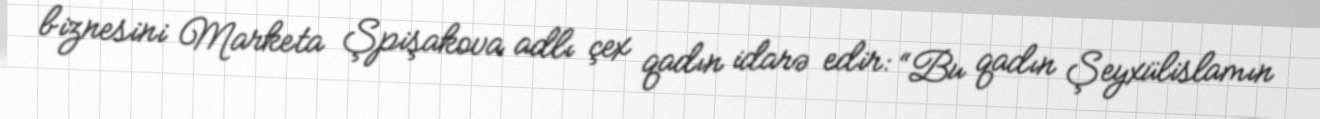
biznesini Marketa Şpişakova adlı çex qadın idarə edir: “Bu qadın Şeyxülislamın